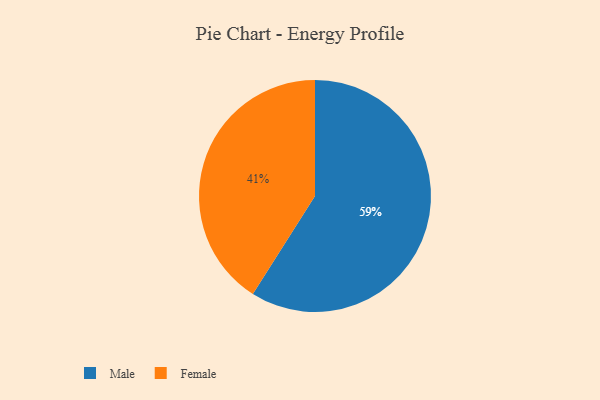
{"axis": {"x": "Category", "y": "Percentage"}, "legend": ["Female", "Male"], "data": [{"x": "Female", "y": 41, "type": "Female"}, {"x": "Male", "y": 59, "type": "Male"}]}